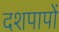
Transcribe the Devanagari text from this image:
दशपापों